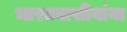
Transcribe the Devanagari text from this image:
भारतवासीयांना